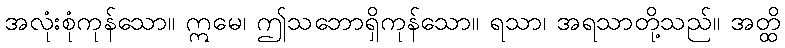
အလုံးစုံကုန်သော။ ဣမေ၊ ဤသဘောရှိကုန်သော။ ရသာ၊ အရသာတို့သည်။ အတ္ထိ